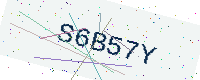
Text: S6B57Y